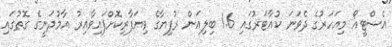
އެސްޓީއޯ މިއަހަރުގެ ދެވަނަ ކުއާޓަރުގައި 1.6 ބިލިއަން ރުފިޔާގެ ވިޔަފާރިކޮށްފައިވާއިރު އާމުދަނީގެ ގޮތުގައި